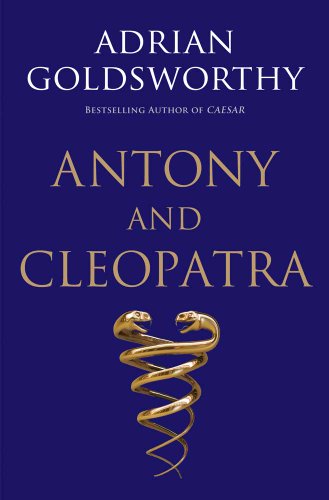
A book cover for Antony and Cleopatra; Adrian Goldsworthy; Biographies & Memoirs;